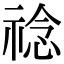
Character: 䄒